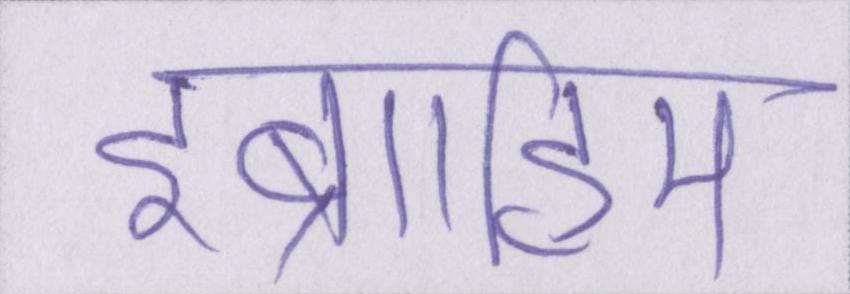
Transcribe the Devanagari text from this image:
इब्राहिम